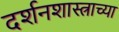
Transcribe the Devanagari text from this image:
दर्शनशास्त्राच्या